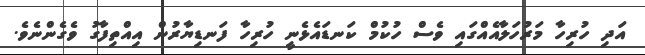
އަދި ހުރިހާ މަރުހަލާއެއްގައި ވެސް ހުކުމް ކަނޑައެޅެނީ ހުރިހާ ފަނޑިޔާރުން އިއްތިފާގު ވެގެންނެވެ.